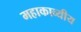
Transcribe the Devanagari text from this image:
महाकाव्यीय